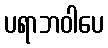
ပရာဘဝါပေ